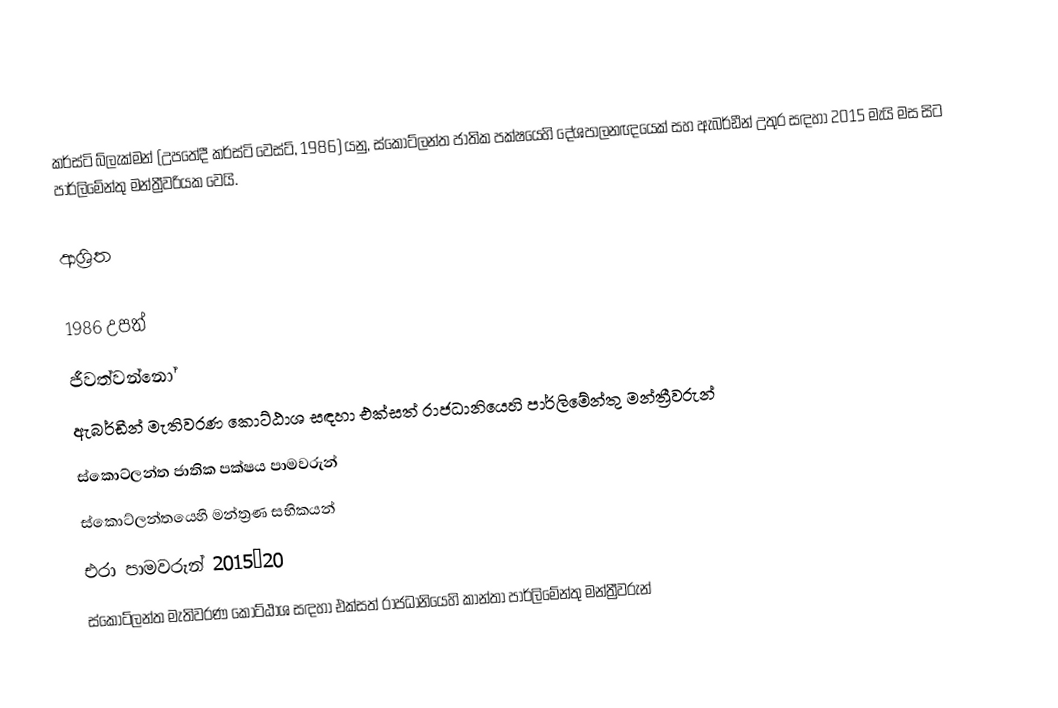
කර්ස්ටි බ්ලැක්මන් (උපතේදී කර්ස්ටි වෙස්ට්, 1986) යනු,   ස්කොට්ලන්ත ජාතික පක්ෂයෙහි දේශපාලනඥයෙක් සහ  ඇබර්ඩීන් උතුර සඳහා 2015 මැයි මස සිට  පාර්ලිමේන්තු මන්ත්‍රීවරියක වෙයි.

ආශ්‍රිත

1986 උපත්
ජීවත්වන්නෝ
 ඇබර්ඩීන් මැතිවරණ කොට්ඨාශ සඳහා එක්සත් රාජධානියෙහි පාර්ලිමේන්තු මන්ත්‍රීවරුන්
ස්කොට්ලන්ත ජාතික පක්ෂය පාමවරුන්
ස්කොට්ලන්තයෙහි මන්ත්‍රණ සභිකයන්
එරා පාමවරුන් 2015–20
ස්කොට්ලන්ත මැතිවරණ කොට්ඨාශ සඳහා එක්සත් රාජධානියෙහි කාන්තා පාර්ලිමේන්තු මන්ත්‍රීවරුන්